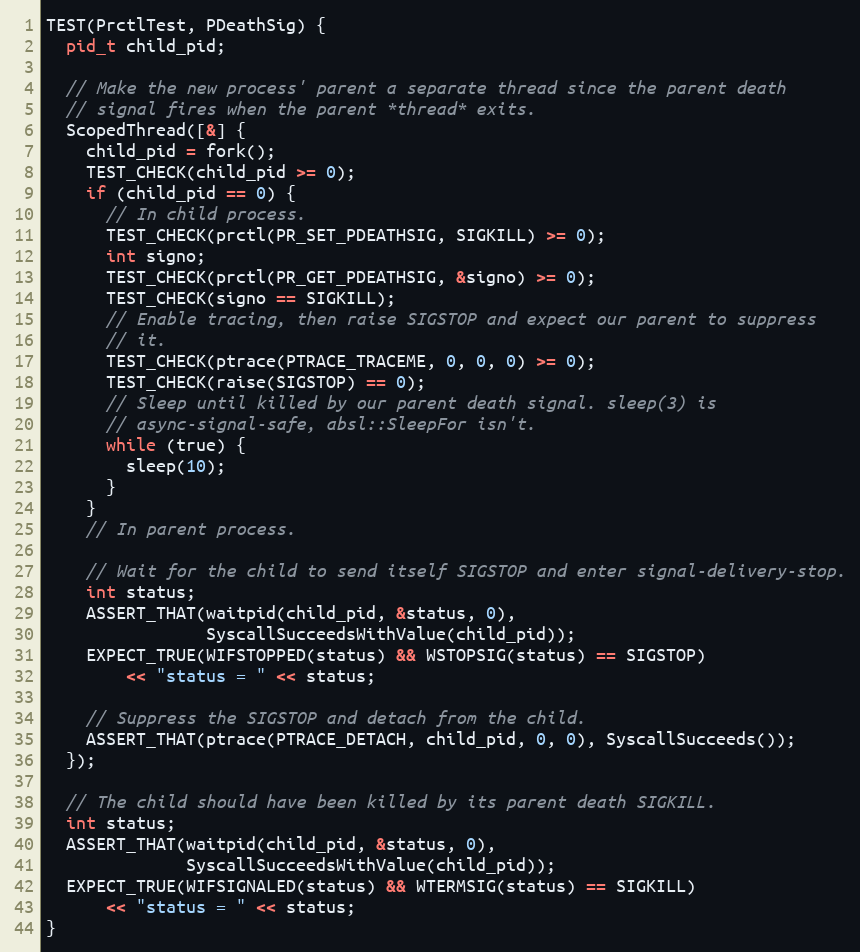
Language: C++
TEST(PrctlTest, PDeathSig) {
  pid_t child_pid;

  // Make the new process' parent a separate thread since the parent death
  // signal fires when the parent *thread* exits.
  ScopedThread([&] {
    child_pid = fork();
    TEST_CHECK(child_pid >= 0);
    if (child_pid == 0) {
      // In child process.
      TEST_CHECK(prctl(PR_SET_PDEATHSIG, SIGKILL) >= 0);
      int signo;
      TEST_CHECK(prctl(PR_GET_PDEATHSIG, &signo) >= 0);
      TEST_CHECK(signo == SIGKILL);
      // Enable tracing, then raise SIGSTOP and expect our parent to suppress
      // it.
      TEST_CHECK(ptrace(PTRACE_TRACEME, 0, 0, 0) >= 0);
      TEST_CHECK(raise(SIGSTOP) == 0);
      // Sleep until killed by our parent death signal. sleep(3) is
      // async-signal-safe, absl::SleepFor isn't.
      while (true) {
        sleep(10);
      }
    }
    // In parent process.

    // Wait for the child to send itself SIGSTOP and enter signal-delivery-stop.
    int status;
    ASSERT_THAT(waitpid(child_pid, &status, 0),
                SyscallSucceedsWithValue(child_pid));
    EXPECT_TRUE(WIFSTOPPED(status) && WSTOPSIG(status) == SIGSTOP)
        << "status = " << status;

    // Suppress the SIGSTOP and detach from the child.
    ASSERT_THAT(ptrace(PTRACE_DETACH, child_pid, 0, 0), SyscallSucceeds());
  });

  // The child should have been killed by its parent death SIGKILL.
  int status;
  ASSERT_THAT(waitpid(child_pid, &status, 0),
              SyscallSucceedsWithValue(child_pid));
  EXPECT_TRUE(WIFSIGNALED(status) && WTERMSIG(status) == SIGKILL)
      << "status = " << status;
}